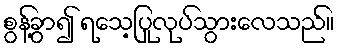
စွန့်ခွာ၍ ရသေ့ပြုလုပ်သွားလေသည်။